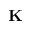
\mathbf { K }